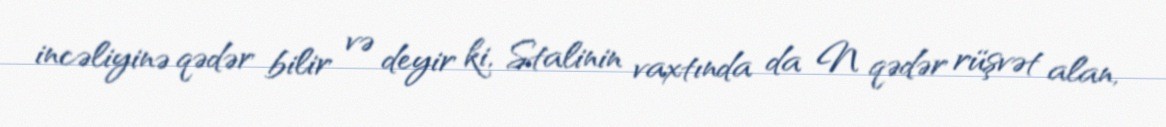
incəliyinə qədər bilir və deyir ki, Stalinin vaxtında da N qədər rüşvət alan,